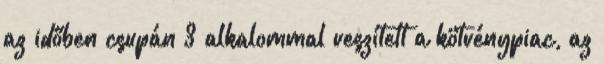
az időben csupán 3 alkalommal veszített a kötvénypiac, az